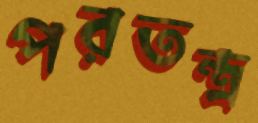
পরতন্ত্র